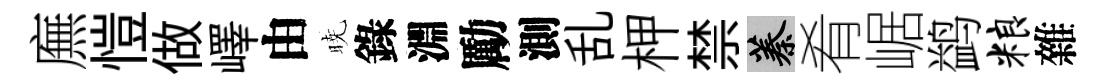
廡愷做嶧由暁錄淵勵測乱柙禁蓁肴崌鹢粮雜